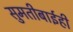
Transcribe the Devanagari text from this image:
सुमतीबाईही